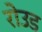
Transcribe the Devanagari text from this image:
रोउड